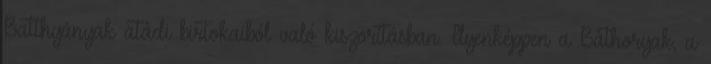
Batthyányak atádi birtokaiból való kiszorításban. Ilyenképpen a Báthoryak, a